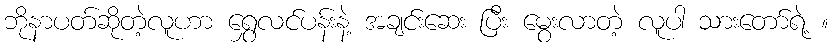
ဘိုနာပတ်ဆိုတဲ့လူဟာ ရွှေလင်ပန်းနဲ့ အချင်းဆေး ပြီး မွေးလာတဲ့ လူပါ သားတော်ရဲ့ ။